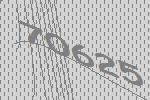
70625